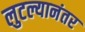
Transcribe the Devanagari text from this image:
लुटल्यानंतर